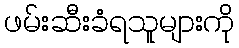
ဖမ်းဆီးခံရသူများကို